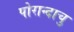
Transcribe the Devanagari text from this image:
पोरान्दाचु